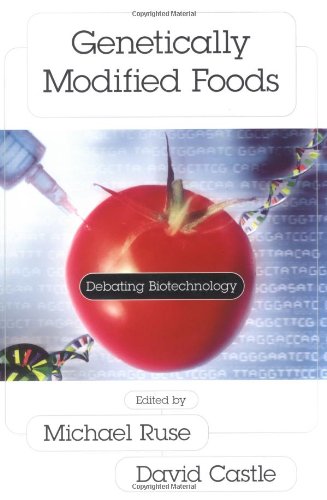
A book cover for Genetically Modified Foods: Debating Biotechnology (Contemporary Issues Series); Health, Fitness & Dieting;